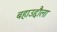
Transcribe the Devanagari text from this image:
बहाउद्दौला